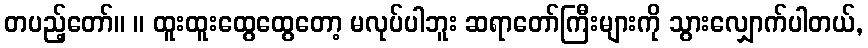
တပည့်တော်။ ။ ထူးထူးထွေထွေတော့ မလုပ်ပါဘူး ဆရာတော်ကြီးများကို သွားလျှောက်ပါတယ်,